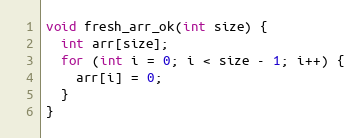
Language: C
void fresh_arr_ok(int size) {
  int arr[size];
  for (int i = 0; i < size - 1; i++) {
    arr[i] = 0;
  }
}